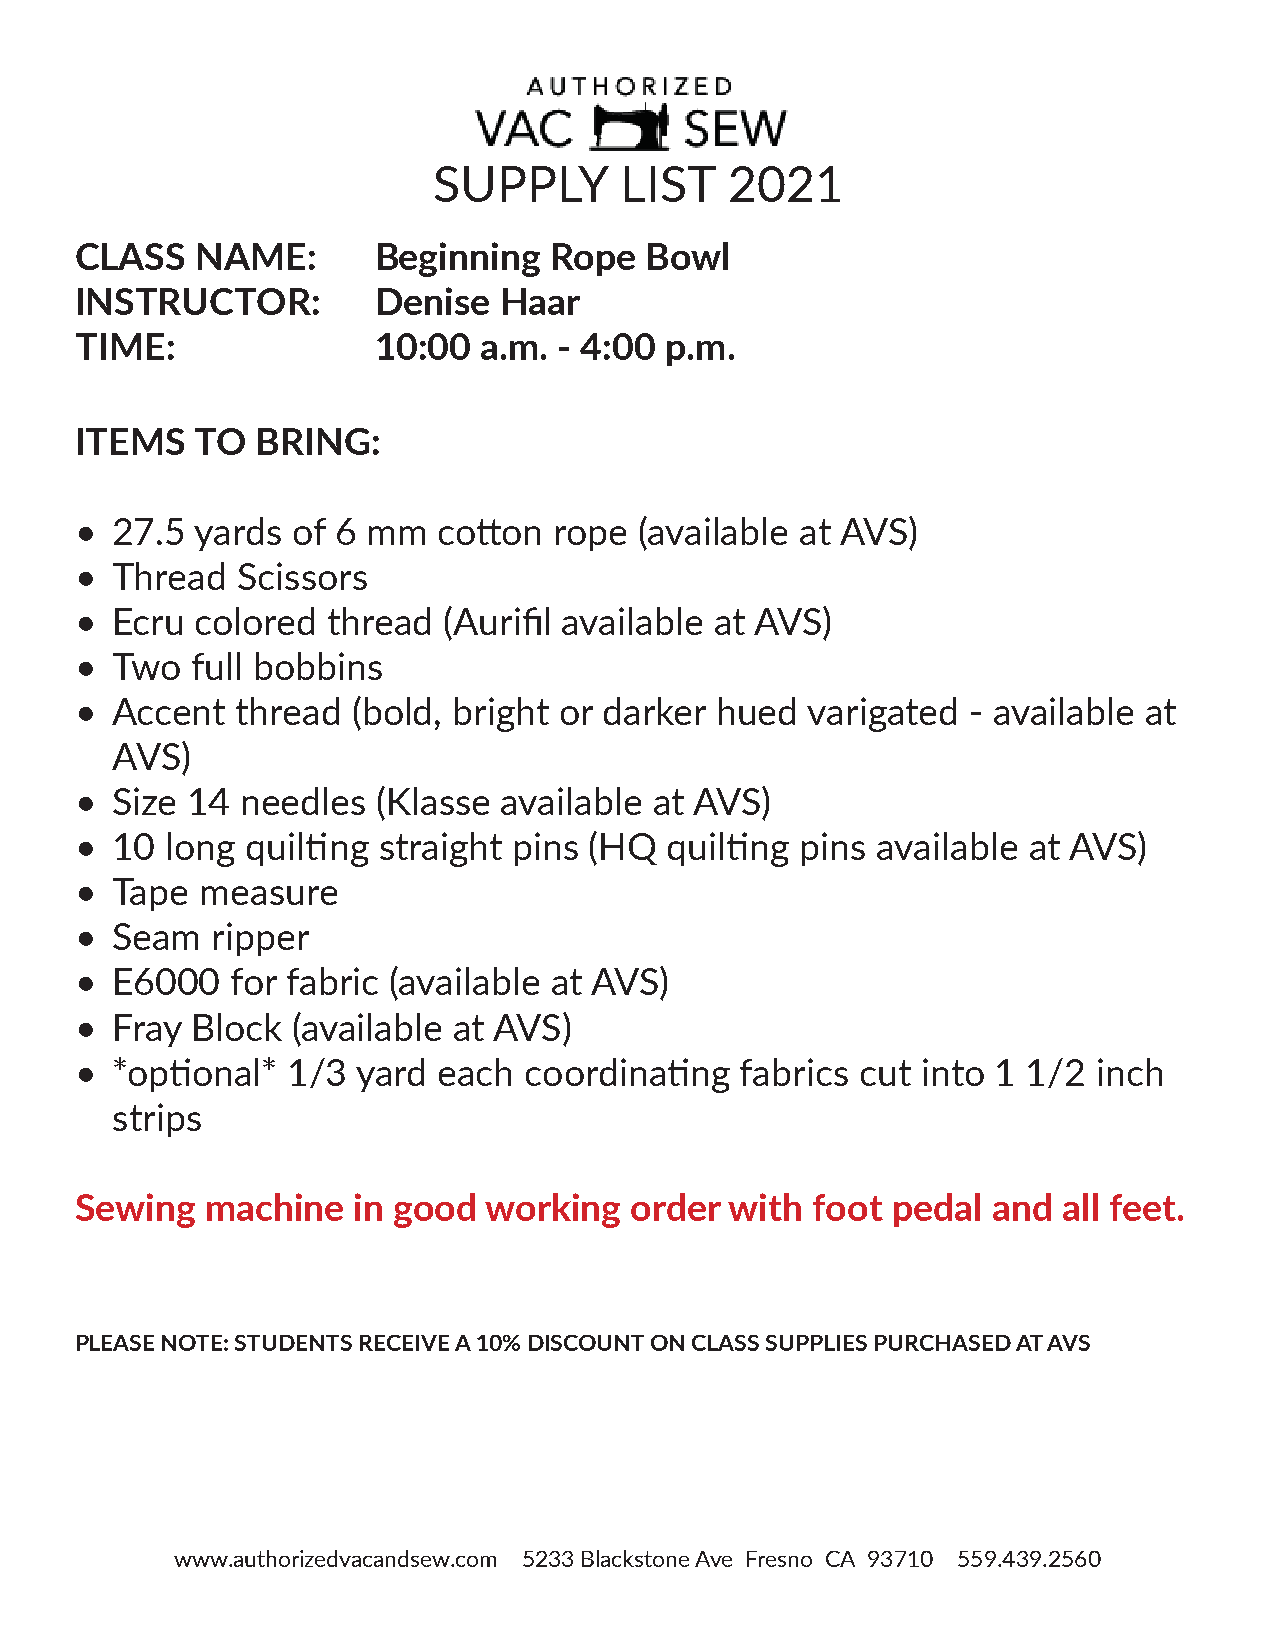
SUPPLY      LIST   2021
 CLASS   NAME:       Beginning  Rope   Bowl
 INSTRUCTOR:         Denise  Haar
 TIME:               10:00  a.m. - 4:00 p.m.
 ITEMS   TO  BRING:
 • 27.5  yards of 6 mm   cotton  rope (available at AVS)
 • Thread   Scissors
 • Ecru  colored  thread (Aurifil available at AVS)
 • Two   full bobbins
 • Accent   thread (bold, bright or darker hued  varigated  - available at
 AVS)
 • Size 14  needles  (Klasse available at AVS)
 • 10  long quilting straight pins (HQ  quilting pins available at AVS)
 • Tape  measure
 • Seam   ripper
 • E6000   for fabric (available at AVS)
 • Fray  Block (available at AVS)
 • *optional*  1/3  yard each  coordinating  fabrics cut into 1 1/2  inch
 strips
 Sewing   machine  in good  working   order with  foot pedal  and all feet.
 PLEASE NOTE: STUDENTS RECEIVE A 10% DISCOUNT ON CLASS SUPPLIES PURCHASED AT AVS
 www.authorizedvacandsew.com 5233 Blackstone Ave Fresno CA 93710 559.439.2560